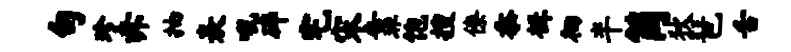
句珍赤抽表吼碎宅宋靠饱搜僚忝楫徊半筒狄琶舌